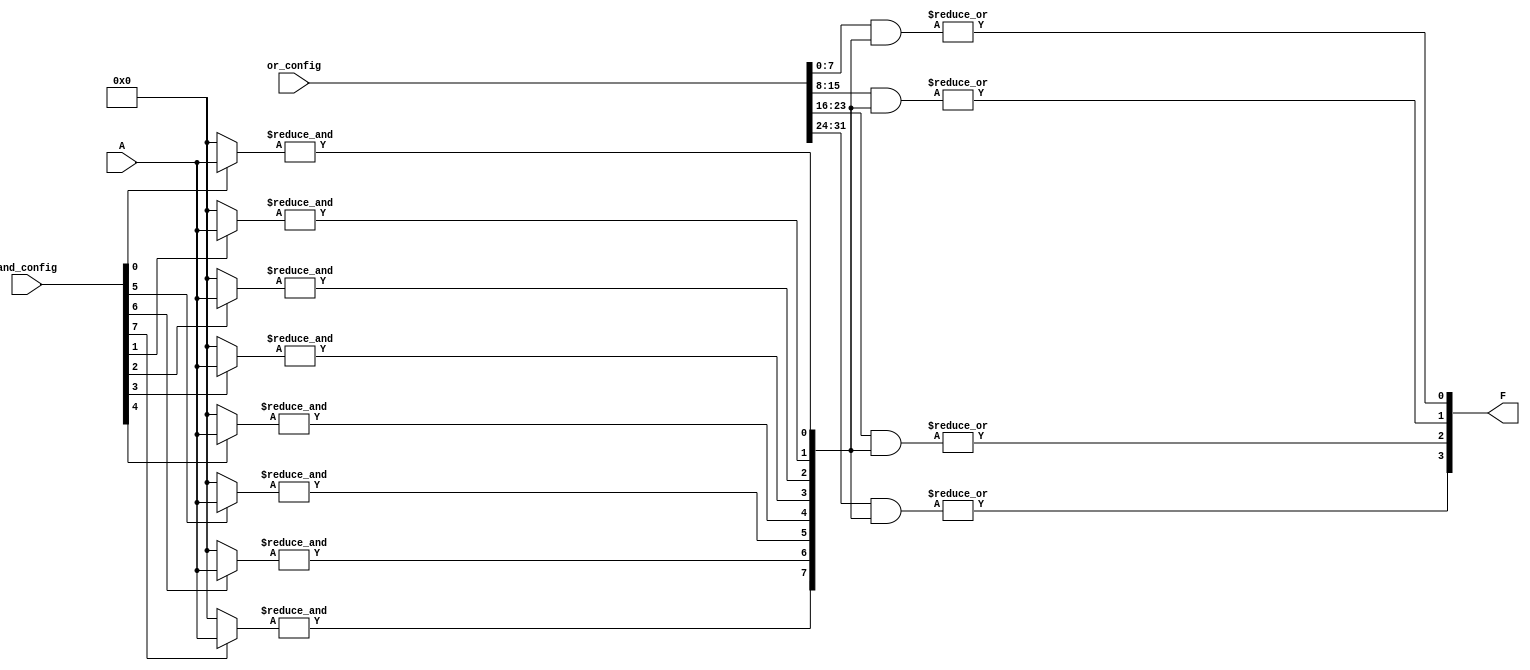
module SPAL #(
    parameter N = 8, // Number of inputs
    parameter M = 4, // Number of outputs
    parameter K = 8  // Number of product terms (AND gates)
)(
    input  wire [N-1:0] A,           // Input signals
    input  wire [K-1:0] and_config,   // Configuration for the AND gates
    input  wire [M*K-1:0] or_config,  // Configuration for the OR gates
    output wire [M-1:0] F             // Output signals
);

// Internal signals
wire [K-1:0] and_out; // Outputs from AND gates

// Programmable AND Array
genvar i, j;
generate
    for (i = 0; i < K; i = i + 1) begin : and_array
        wire [N-1:0] and_inputs;
        assign and_inputs = (and_config[i]) ? A : {N{1'b0}};
        assign and_out[i] = &and_inputs; // AND operation
    end
endgenerate

// Programmable OR Array
generate
    for (j = 0; j < M; j = j + 1) begin : or_array
        wire [K-1:0] or_inputs;
        assign or_inputs = or_config[j*K +: K]; // Select appropriate K bits for this output
        assign F[j] = |(or_inputs & and_out); // OR operation over selected AND outputs
    end
endgenerate

endmodule